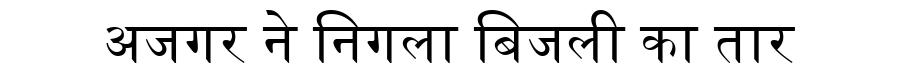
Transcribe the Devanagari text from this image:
अजगर ने निगला बिजली का तार